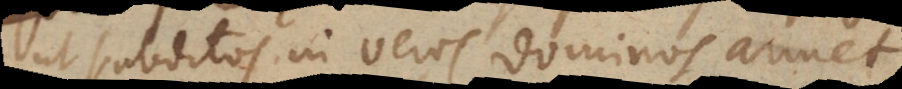
ut subditos in veros dominos armet.